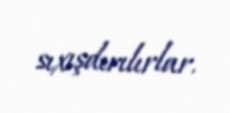
sıxışdırılırlar.